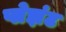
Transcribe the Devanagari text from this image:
प्लेझंट